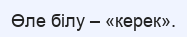
Өле білу – «керек».